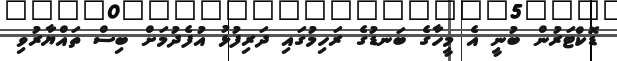
ޑޮކްޓަރުން ބުނީ އެ މީހާގެ ބަނޑުގެ ރަހިމުގައި ދަރިފުޅު އުފެދުމަށް ބިސް ތައްޔާރުވި